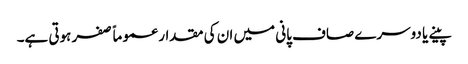
پینے یا دوسرے صاف پانی میں ان کی مقدار عموماً صفر ہوتی ہے۔